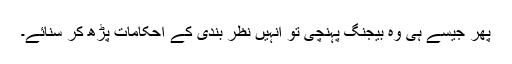
پھر جیسے ہی وہ بیجنگ پہنچی تو انہیں نظر بندی کے احکامات پڑھ کر سنائے۔